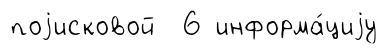
поjисковой 6 информа́циjу